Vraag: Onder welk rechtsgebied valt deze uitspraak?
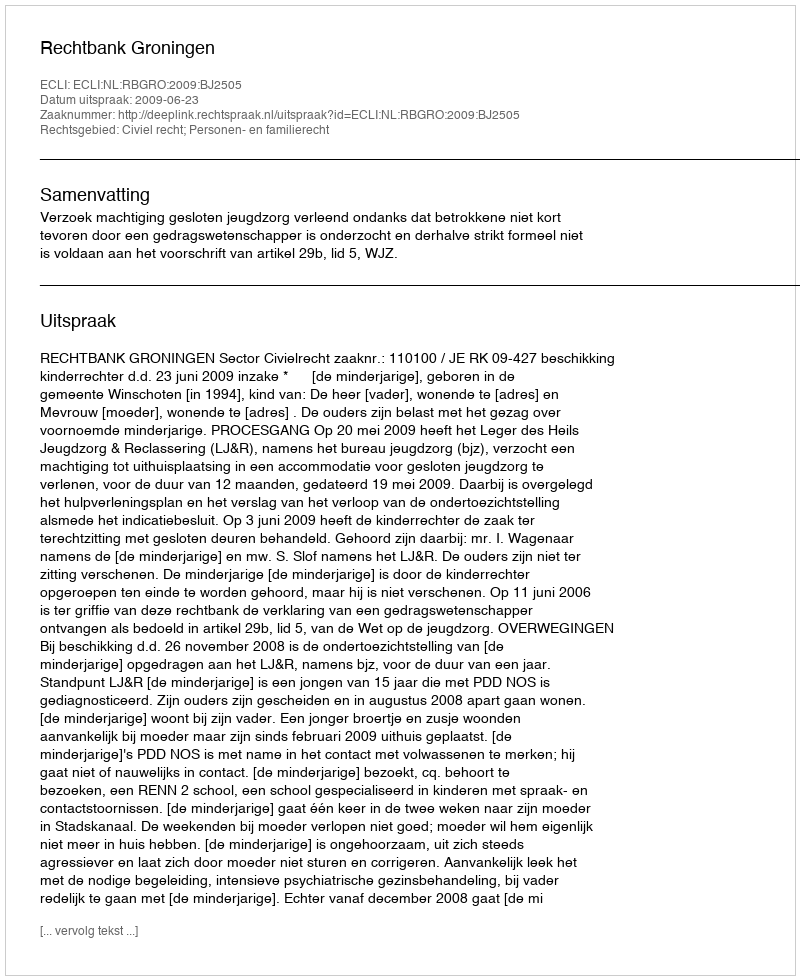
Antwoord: Civiel recht; Personen- en familierecht